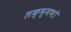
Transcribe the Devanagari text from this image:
लक्ष्मणो